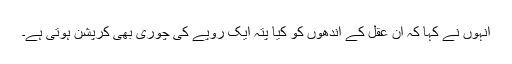
انہوں نے کہا کہ ان عقل کے اندھوں کو کیا پتہ ایک روپے کی چوری بھی کرپشن ہوتی ہے۔